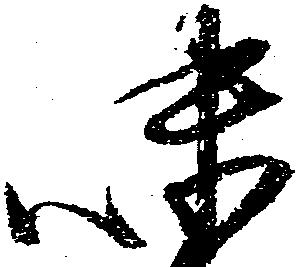
味